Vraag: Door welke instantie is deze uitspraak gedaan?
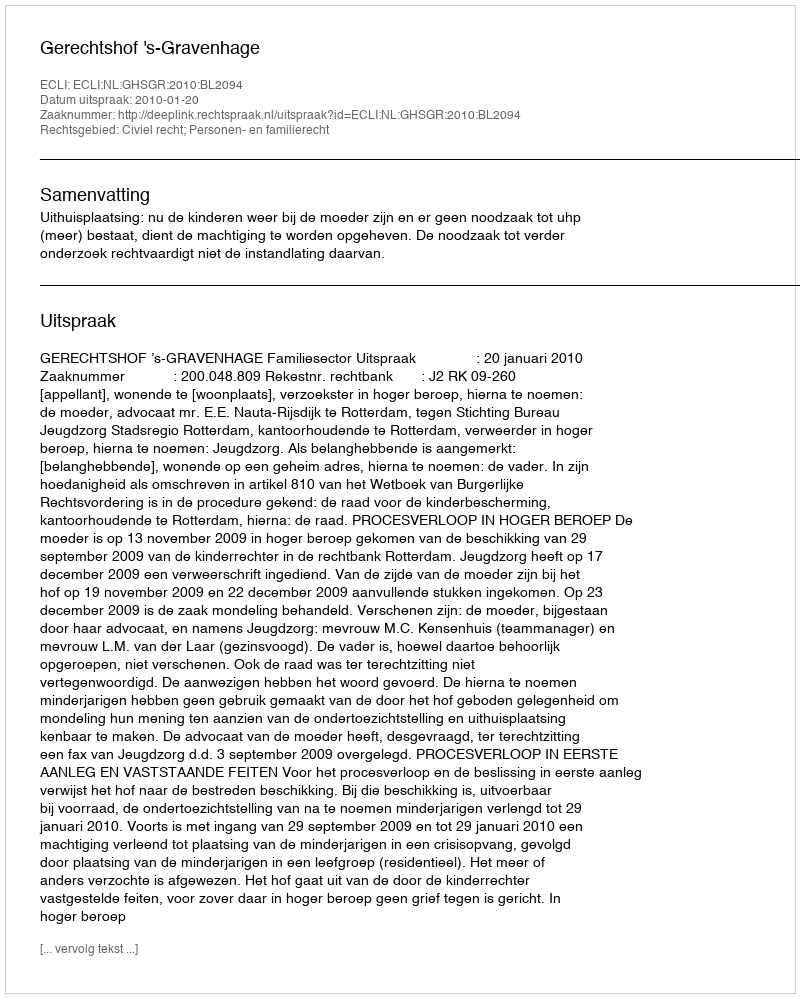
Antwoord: Gerechtshof 's-Gravenhage